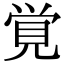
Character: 覚